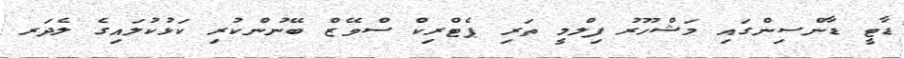
ޑާޓީ ޑާންސިންގައި މަޝްހޫރު ފިލްމީ ތަރި ޕެޓްރިކް ސްވޭޒް ބޭނުންކުރި ކަޅުކުލައިގެ ލެދަރ